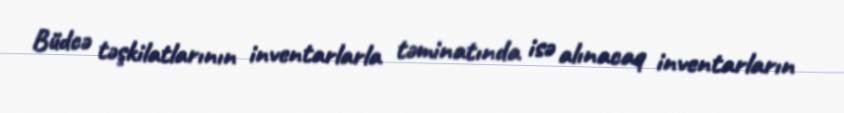
Büdcə təşkilatlarının inventarlarla təminatında isə alınacaq inventarların